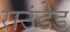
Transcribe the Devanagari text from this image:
राउंडेड